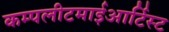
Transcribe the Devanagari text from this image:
कम्पलीटमाईआर्टिस्ट